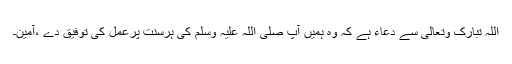
اللہ تبارک وتعالی سے دعاء ہے کہ وہ ہمیں آپ صلی اللہ علیہ وسلم کی ہرسنت پرعمل کی توفیق دے ،آمین۔